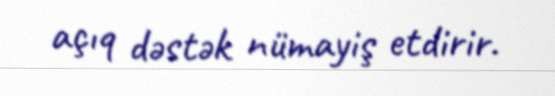
açıq dəstək nümayiş etdirir.